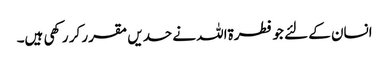
انسان کے لئے جو فطرۃاللہ نے حدیں مقرر کر رکھی ہیں۔